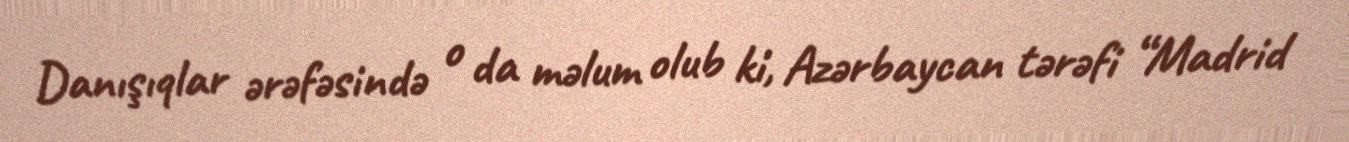
Danışıqlar ərəfəsində o da məlum olub ki, Azərbaycan tərəfi “Madrid